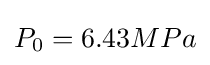
P_{0}=6.43MPa